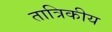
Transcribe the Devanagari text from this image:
तात्रिकीय